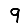
Digit: 9